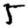
Digit: 5